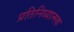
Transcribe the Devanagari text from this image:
प्रतिनिध्यात्मक